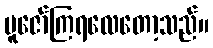
ပူဇော်ကြရလေတော့သည်။